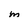
Character: M